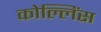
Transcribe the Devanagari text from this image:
कोल्लिंस